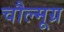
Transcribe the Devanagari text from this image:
चौल्मूग्र